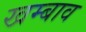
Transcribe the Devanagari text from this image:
खम्बाव